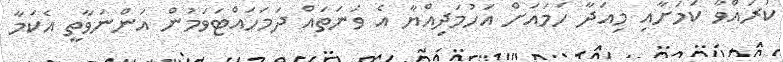
ކުރައްވާ ކަމަށާއި މިއަދާ ހަމައަށް އަހުމަދިއްޔާ އެ ވަނަތައް ދަމަހައްޓަވަމުން އަންނަވާތީ އެކަމާ